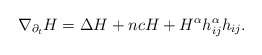
\begin{align*} \nabla_{\partial_{t}} H= \Delta H+n c H+H^{\alpha} h^{\alpha}_{i j} h_{i j} . \end{align*}